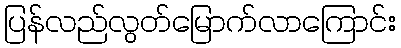
ပြန်လည်လွတ်မြောက်လာကြောင်း